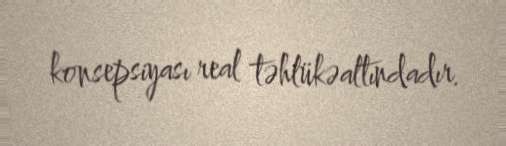
konsepsiyası real təhlükəaltındadır.